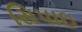
સિપાઇ